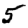
Digit: 5